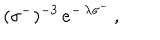
LaTeX: \: ( \sigma ^ { - } ) ^ { - 3 } \, e ^ { - \, \lambda \sigma ^ { - } } \, , \: